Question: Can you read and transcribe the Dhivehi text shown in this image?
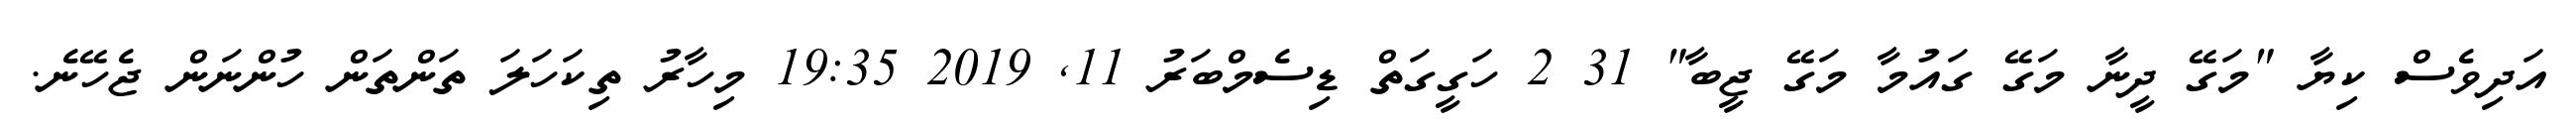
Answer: އަދިވެސް ކިޔާ "މަގޭ ދީނާ މަގޭ ގައުމާ މަގޭ ޖީބާ" 31 2 ހަގީގަތް ޑިސެމްބަރު 11, 2019 19:35 މިހާރު ތިކަހަލަ ތަންތަން ހުންނަން ޖެހޭނެ.